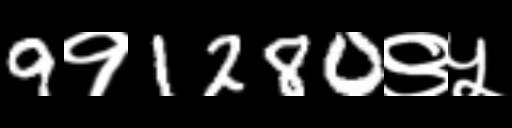
Text: 9१1280९५